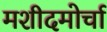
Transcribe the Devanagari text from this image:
मशीदमोर्चा